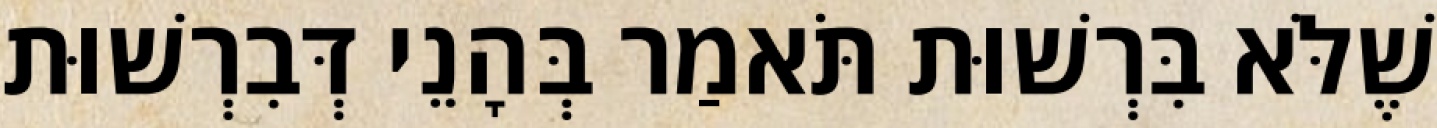
שֶׁלֹּא בִּרְשׁוּת תֹּאמַר בְּהָנֵי דְּבִרְשׁוּת